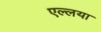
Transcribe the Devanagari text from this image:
एल्लया